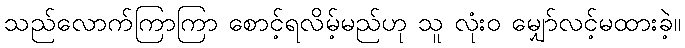
သည်လောက်ကြာကြာ စောင့်ရလိမ့်မည်ဟု သူ လုံးဝ မျှော်လင့်မထားခဲ့။